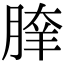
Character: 𦝯